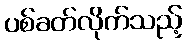
ပစ်ခတ်လိုက်သည့်